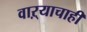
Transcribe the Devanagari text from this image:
वाऱ्याचाही